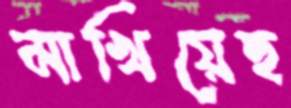
মাখিয়েছ